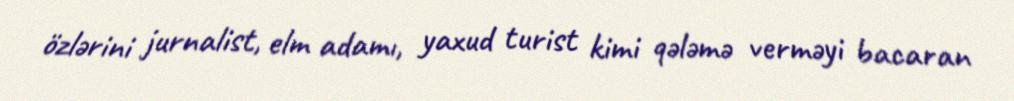
özlərini jurnalist, elm adamı, yaxud turist kimi qələmə verməyi bacaran